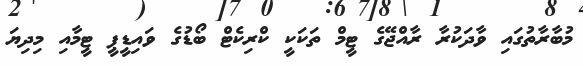
މުބާރާތުގައި ވާދަކުރާ ރާއްޖޭގެ ޓީމް ތަކަކީ ކްރިކެޓް ބޯޑުގެ ވައިޑީޕީ ޓީމާއި މިދިޔަ